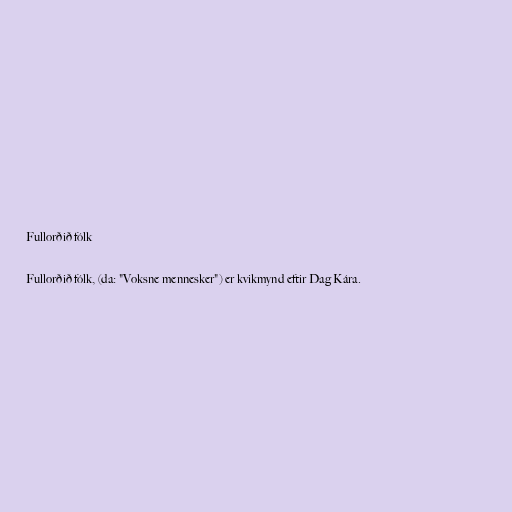
Fullorðið fólk

Fullorðið fólk, (da: "Voksne mennesker") er kvikmynd eftir Dag Kára.